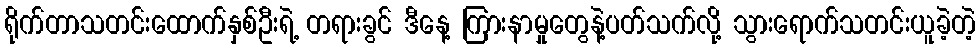
ရိုက်တာသတင်းထောက်နှစ်ဦးရဲ့ တရားခွင် ဒီနေ့ ကြားနာမှုတွေနဲ့ပတ်သက်လို့ သွားရောက်သတင်းယူခဲ့တဲ့